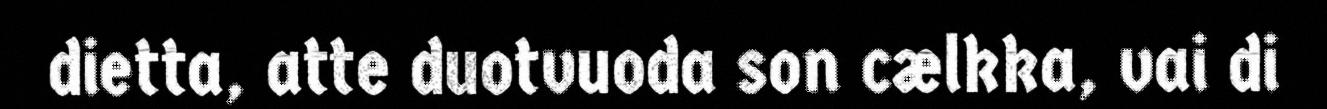
dietta, atte duotvuoda son cælkka, vai di